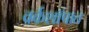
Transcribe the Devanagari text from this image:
वर्कशॉपात